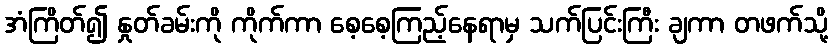
အံကြိတ်၍ နှုတ်ခမ်းကို ကိုက်ကာ စေ့စေ့ကြည့်နေရာမှ သက်ပြင်းကြီး ချကာ တဖက်သို့